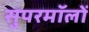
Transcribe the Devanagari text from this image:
सुपरमॉलों